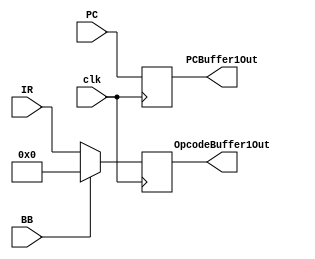
module Buffer1(
input           clk,
input	  [15:0]	  PC,                   // (PC+1) value of instruction under execution (going from stage 1 to 2)
input	  [7:0]	  IR,                   // Opcode of curerent instruction (going from stage 1 to 2)
input           BB,                   // BB bit from stage 1
output	[7:0]	  OpcodeBuffer1Out,     // Outputing Opcode of instruction going to stage 2 into stage 2
output 	[15:0]	  PCBuffer1Out	        // Outputing (PC+1)? of instruction going to stage 2 into stage 2
);

reg [15:0]	PCBuffer1;
reg	[7:0] 	Opcode;

initial
begin
    PCBuffer1 = 0;
    Opcode = 0;  
end

assign  PCBuffer1Out = PCBuffer1 ;
assign OpcodeBuffer1Out = Opcode ;

always @(posedge clk) begin
    if (BB) begin
       PCBuffer1 = PC; 
       Opcode = 0;
       end
    else begin
	   PCBuffer1 = PC;
	   Opcode = IR;
	   end
end

endmodule